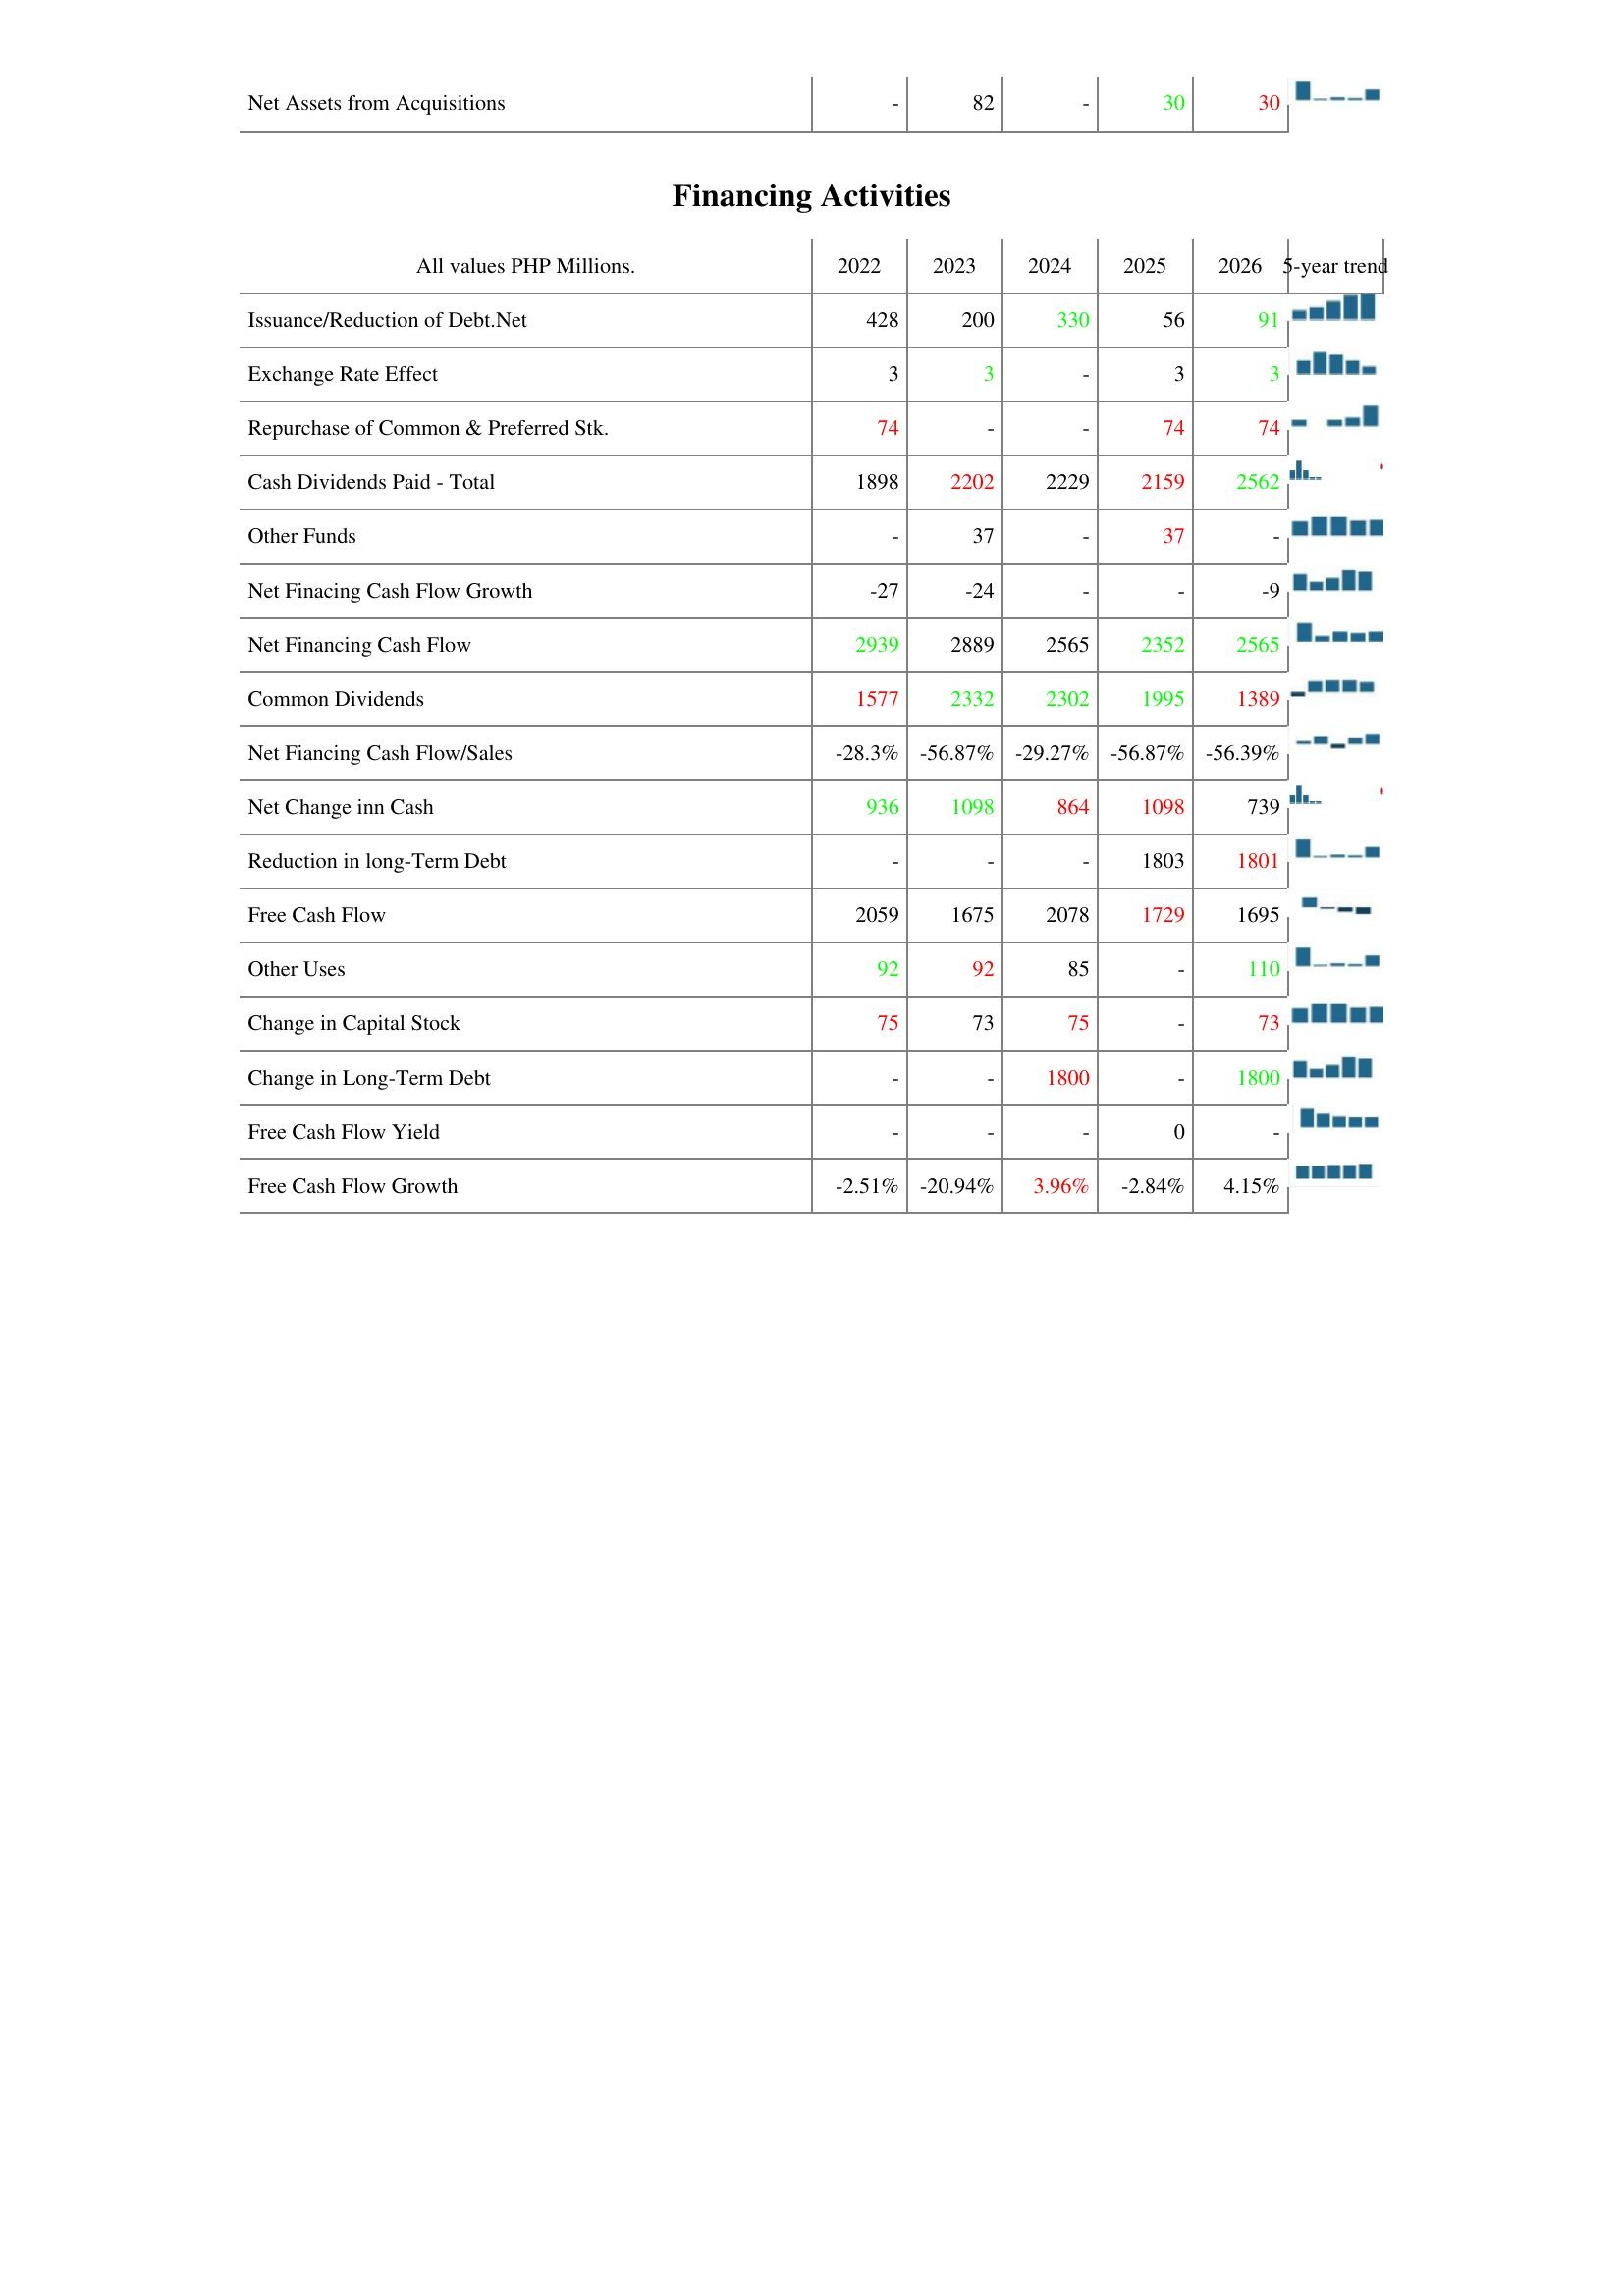
2022: Investing Activities: Net Assets from Acquisitions: -
Financing Activities: Issuance/Reduction of Debt.Net: 428
Exchange Rate Effect: 3
Repurchase of Common & Preferred Stk.: 74
Cash Dividends Paid - Total: 1898
Other Funds: -
Net Finacing Cash Flow Growth: -27
Net Financing Cash Flow: 2939
Common Dividends: 1577
Net Fiancing Cash Flow/Sales: -28.3%
Net Change inn Cash: 936
Reduction in long-Term Debt: -
Free Cash Flow: 2059
Other Uses: 92
Change in Capital Stock: 75
Change in Long-Term Debt: -
Free Cash Flow Yield: -
Free Cash Flow Growth: -2.51%
2023: Investing Activities: Net Assets from Acquisitions: 82
Financing Activities: Issuance/Reduction of Debt.Net: 200
Exchange Rate Effect: 3
Repurchase of Common & Preferred Stk.: -
Cash Dividends Paid - Total: 2202
Other Funds: 37
Net Finacing Cash Flow Growth: -24
Net Financing Cash Flow: 2889
Common Dividends: 2332
Net Fiancing Cash Flow/Sales: -56.87%
Net Change inn Cash: 1098
Reduction in long-Term Debt: -
Free Cash Flow: 1675
Other Uses: 92
Change in Capital Stock: 73
Change in Long-Term Debt: -
Free Cash Flow Yield: -
Free Cash Flow Growth: -20.94%
2024: Investing Activities: Net Assets from Acquisitions: -
Financing Activities: Issuance/Reduction of Debt.Net: 330
Exchange Rate Effect: -
Repurchase of Common & Preferred Stk.: -
Cash Dividends Paid - Total: 2229
Other Funds: -
Net Finacing Cash Flow Growth: -
Net Financing Cash Flow: 2565
Common Dividends: 2302
Net Fiancing Cash Flow/Sales: -29.27%
Net Change inn Cash: 864
Reduction in long-Term Debt: -
Free Cash Flow: 2078
Other Uses: 85
Change in Capital Stock: 75
Change in Long-Term Debt: 1800
Free Cash Flow Yield: -
Free Cash Flow Growth: 3.96%
2025: Investing Activities: Net Assets from Acquisitions: 30
Financing Activities: Issuance/Reduction of Debt.Net: 56
Exchange Rate Effect: 3
Repurchase of Common & Preferred Stk.: 74
Cash Dividends Paid - Total: 2159
Other Funds: 37
Net Finacing Cash Flow Growth: -
Net Financing Cash Flow: 2352
Common Dividends: 1995
Net Fiancing Cash Flow/Sales: -56.87%
Net Change inn Cash: 1098
Reduction in long-Term Debt: 1803
Free Cash Flow: 1729
Other Uses: -
Change in Capital Stock: -
Change in Long-Term Debt: -
Free Cash Flow Yield: 0
Free Cash Flow Growth: -2.84%
2026: Investing Activities: Net Assets from Acquisitions: 30
Financing Activities: Issuance/Reduction of Debt.Net: 91
Exchange Rate Effect: 3
Repurchase of Common & Preferred Stk.: 74
Cash Dividends Paid - Total: 2562
Other Funds: -
Net Finacing Cash Flow Growth: -9
Net Financing Cash Flow: 2565
Common Dividends: 1389
Net Fiancing Cash Flow/Sales: -56.39%
Net Change inn Cash: 739
Reduction in long-Term Debt: 1801
Free Cash Flow: 1695
Other Uses: 110
Change in Capital Stock: 73
Change in Long-Term Debt: 1800
Free Cash Flow Yield: -
Free Cash Flow Growth: 4.15%